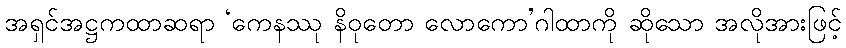
အရှင်အဋ္ဌကထာဆရာ ‘ကေနဿု နိဝုတော လောကော’ဂါထာကို ဆိုသော အလိုအားဖြင့်